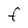
Character: F